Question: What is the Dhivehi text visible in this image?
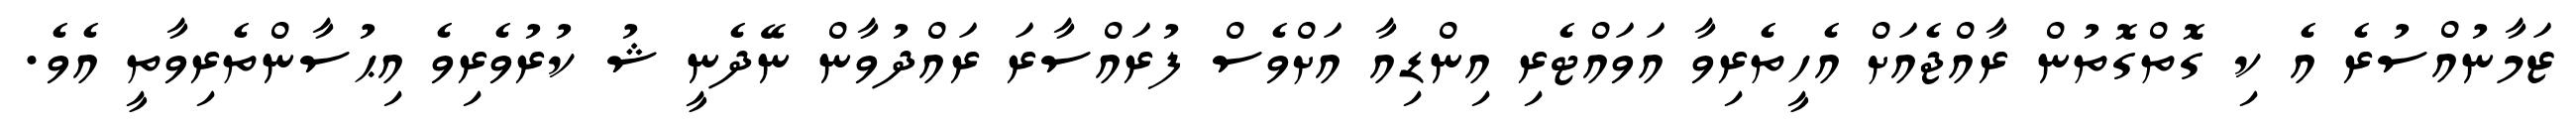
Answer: ޒަމާނުއްސުރެ އެ ކި ގޮތްގޮތުން ރާއްޖެއަށް އެހީތެރިވާ އަވައްޓެރި އިންޑިއާ އަށްވެސް ފުރައްސާރަ ރައްދުވާން ނޭދެނީ ޝު ކުރުވެރިވެ އިޙުސާންތެރިވާތީ އެވެ.